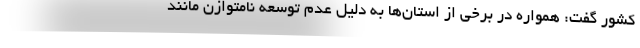
کشور گفت: همواره در برخی از استان‌ها به دلیل عدم توسعه نامتوازن مانند